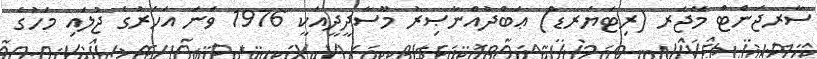
ސާރޖަންޓް މޭޖަރ (ރިޓަޔަރޑް) ޢަބްދުއްނާޞިރު މޫސާދީދީއަކީ 1976 ވަނަ އަހަރުގެ ޖުލައި މަހުގެ